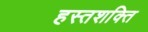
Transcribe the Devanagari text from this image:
हस्तशक्ति